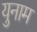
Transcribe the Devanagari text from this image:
युनाम